Assam Mental Hospital (Tezpur, India) - 1933-1948
Year: 1933
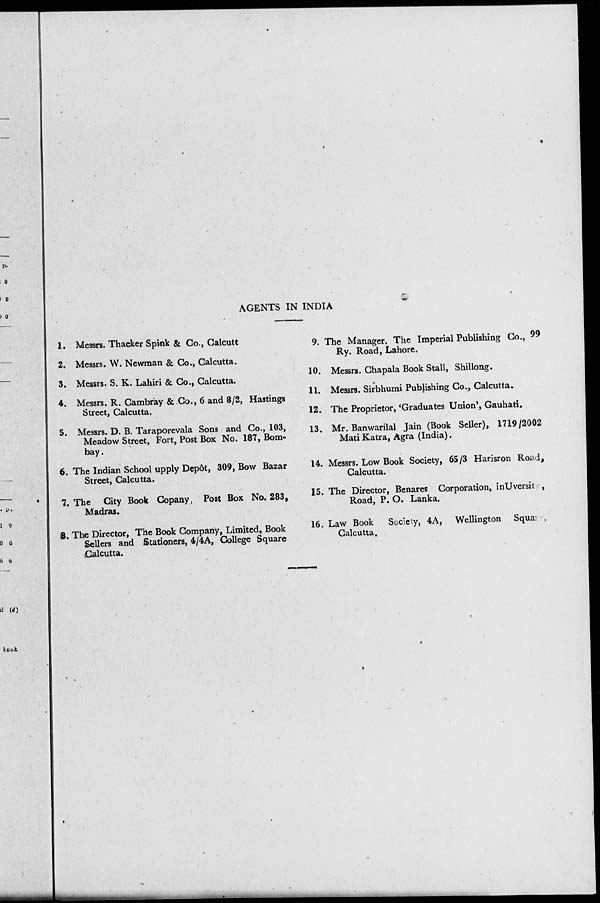
AGENTS IN INDIA
1. Messrs. Thacker Spink & Co., Calcutt
2. Messrs. W. Newman & Co., Calcutta.
3. Messrs. S. K. Lahiri & Co., Calcutta.
4. Messrs. R. Cambray & Co., 6 and 8/2, Hastings
Street, Calcutta.
5. Messrs. D. B. Taraporevala Sons and Co., 103,
Meadow Street, Fort, Post Box No. 187, Bom-
bay.
6. The Indian School upply Depôt, 309, Bow Bazar
Street, Calcutta.
7. The City Book Copany Post Box No. 283,
Madras.
8. The Director, The Book Company, Limited, Book
Sellers and Stationers, 4/4A, College Square
Calcutta.
9. The Manager, The Imperial Publishing Co., 99
Ry. Road, Lahore.
10. Messrs. Chapala Book Stall, Shillong.
11. Messrs. Sirbhumi Publishing Co., Calcutta.
12. The Proprietor, 'Graduates Union', Gauhati.
13. Mr. Banwarilal Jain (Book Seller), 1719/2002
Mati Katra, Agra (India).
14. Messrs. Low Book Society, 65/3 Harisron Road,
Calcutta.
15. The Director, Benares Corporation, in Uversity ,
Road, P. O. Lanka.
16. Law Book Society, 4A, Wellington Squa
Calcutta.